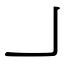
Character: ㇘